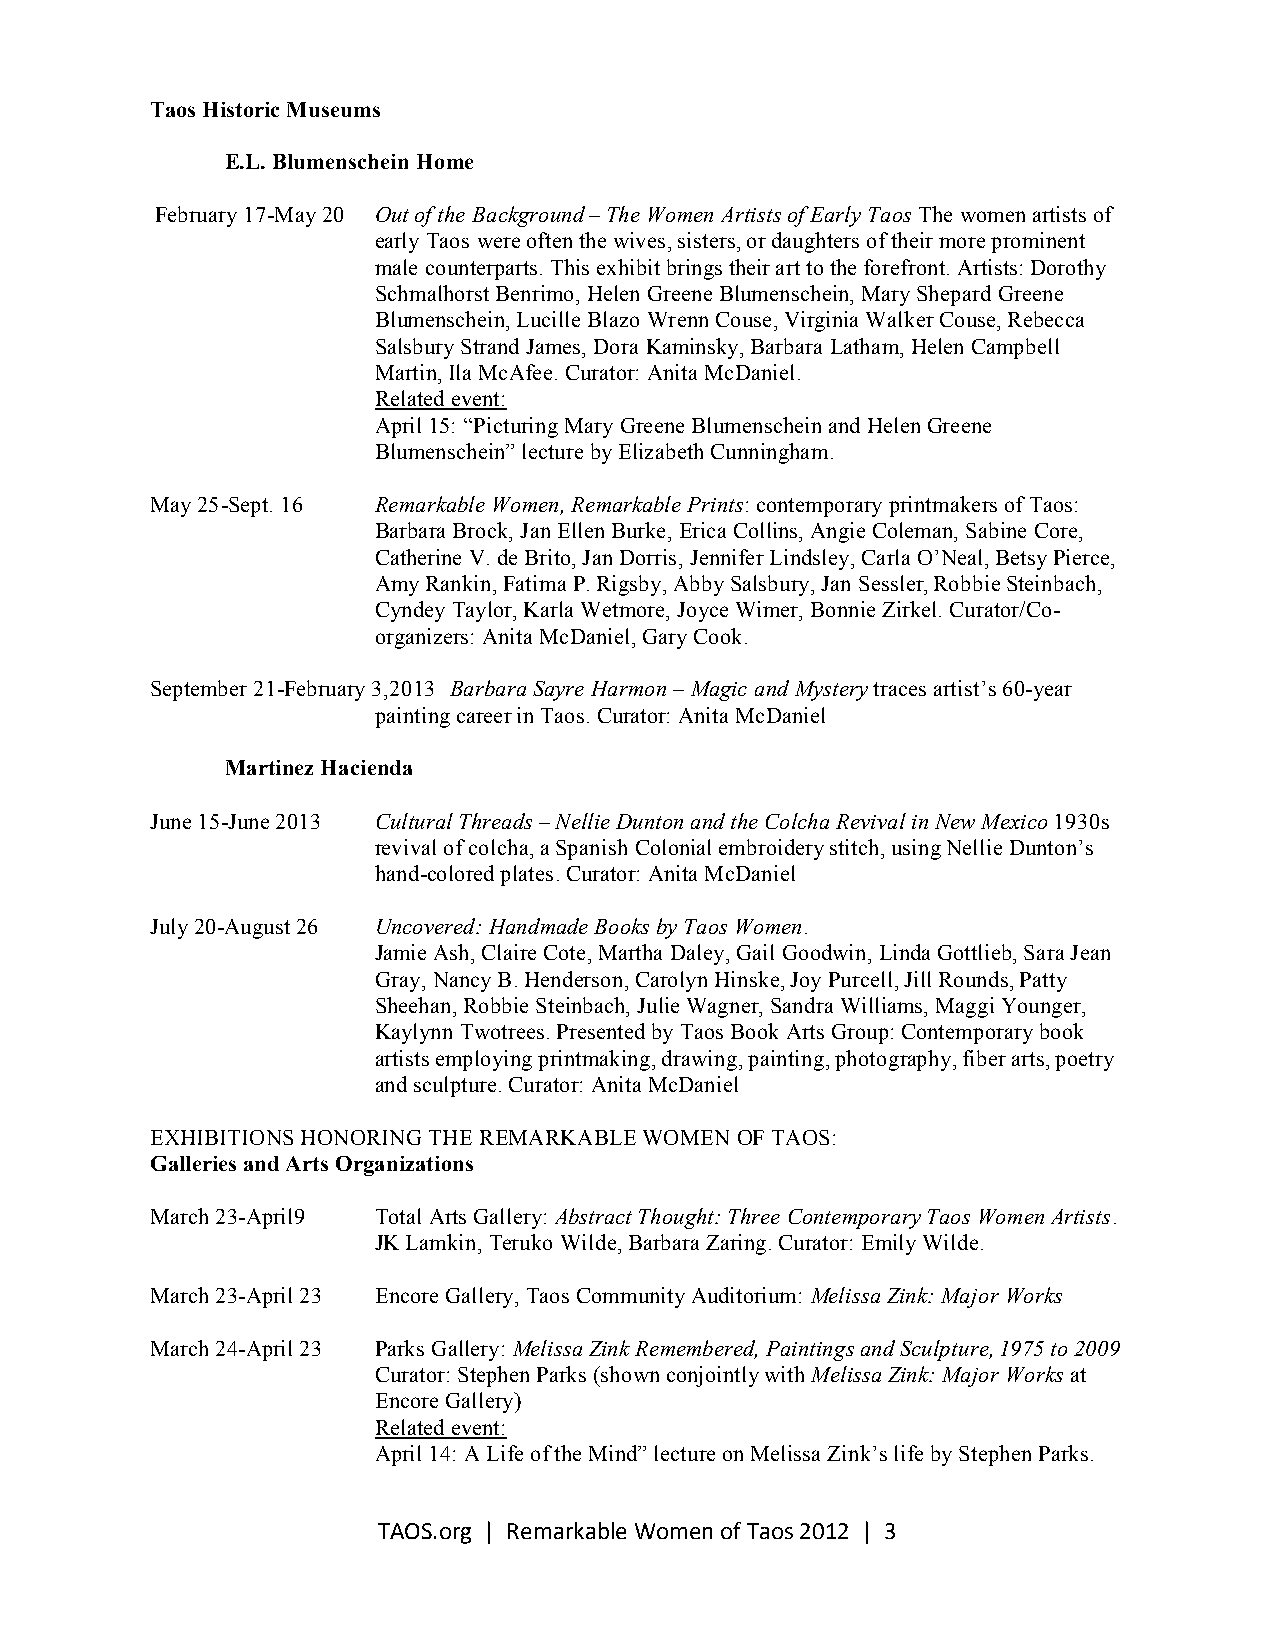
Taos Historic Museums
 E.L. Blumenschein Home
 February 17-May 20 Out of the Background – The Women Artists of Early Taos The women artists of
 early Taos were often the wives, sisters, or daughters of their more prominent
 male counterparts. This exhibit brings their art to the forefront. Artists: Dorothy
 Schmalhorst Benrimo, Helen Greene Blumenschein, Mary Shepard Greene
 Blumenschein, Lucille Blazo Wrenn Couse, Virginia Walker Couse, Rebecca
 Salsbury Strand James, Dora Kaminsky, Barbara Latham, Helen Campbell
 Martin, Ila McAfee. Curator: Anita McDaniel.
 Related event:
 April 15: “Picturing Mary Greene Blumenschein and Helen Greene
 Blumenschein” lecture by Elizabeth Cunningham.
 May 25-Sept. 16 Remarkable Women, Remarkable Prints: contemporary printmakers of Taos:
 Barbara Brock, Jan Ellen Burke, Erica Collins, Angie Coleman, Sabine Core,
 Catherine V. de Brito, Jan Dorris, Jennifer Lindsley, Carla O’Neal, Betsy Pierce,
 Amy Rankin, Fatima P. Rigsby, Abby Salsbury, Jan Sessler, Robbie Steinbach,
 Cyndey Taylor, Karla Wetmore, Joyce Wimer, Bonnie Zirkel. Curator/Co-
 organizers: Anita McDaniel, Gary Cook.
 September 21-February 3,2013 Barbara Sayre Harmon – Magic and Mystery traces artist’s 60-year
 painting career in Taos. Curator: Anita McDaniel
 Martinez Hacienda
 June 15-June 2013 Cultural Threads – Nellie Dunton and the Colcha Revival in New Mexico 1930s
 revival of colcha, a Spanish Colonial embroidery stitch, using Nellie Dunton’s
 hand-colored plates. Curator: Anita McDaniel
 July 20-August 26 Uncovered: Handmade Books by Taos Women.
 Jamie Ash, Claire Cote, Martha Daley, Gail Goodwin, Linda Gottlieb, Sara Jean
 Gray, Nancy B. Henderson, Carolyn Hinske, Joy Purcell, Jill Rounds, Patty
 Sheehan, Robbie Steinbach, Julie Wagner, Sandra Williams, Maggi Younger,
 Kaylynn Twotrees. Presented by Taos Book Arts Group: Contemporary book
 artists employing printmaking, drawing, painting, photography, fiber arts, poetry
 and sculpture. Curator: Anita McDaniel
 EXHIBITIONS HONORING THE REMARKABLE WOMEN OF TAOS:
 Galleries and Arts Organizations
 March 23-April9 Total Arts Gallery: Abstract Thought: Three Contemporary Taos Women Artists.
 JK Lamkin, Teruko Wilde, Barbara Zaring. Curator: Emily Wilde.
 March 23-April 23 Encore Gallery, Taos Community Auditorium: Melissa Zink: Major Works
 March 24-April 23 Parks Gallery: Melissa Zink Remembered, Paintings and Sculpture, 1975 to 2009
 Curator: Stephen Parks (shown conjointly with Melissa Zink: Major Works at
 Encore Gallery)
 Related event:
 April 14: A Life of the Mind” lecture on Melissa Zink’s life by Stephen Parks.
 TAOS.org | Remarkable Women of Taos 2012 | 3